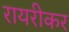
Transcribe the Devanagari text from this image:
रायरीकर